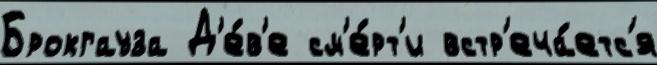
Брокгауза Д'е́в'е см'е́рт'и встр'еча́етс'я